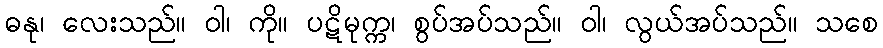
ဓနု၊ လေးသည်။ ဝါ၊ ကို။ ပဋိမုက္က၊ စွပ်အပ်သည်။ ဝါ၊ လွယ်အပ်သည်။ သစေ